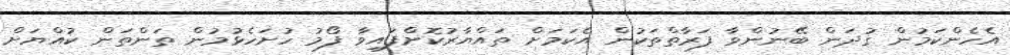
އެހެންކަމުން ގުދަން ބޭނުންވާ ފަރާތްތަކުން އެކަމަށް ތައްޔާރުކޮށްފައިވާ ފޯމު ހުށަހެޅުމުން ތަންތަން ކުއްޔަށް